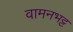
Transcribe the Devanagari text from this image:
वामनभट्ट